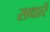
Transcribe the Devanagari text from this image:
सधारें